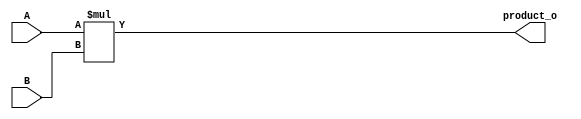
`timescale 1ns / 1ps
//////////////////////////////////////////////////////////////////////////////////
// Company: 
// Engineer: 
// 
// Design Name: 
// Module Name: part2_multiplier
// Project Name: 
// Target Devices: 
// Tool Versions: 
// Description: 
// 
// Dependencies: 
// 
// Revision:
// Revision 0.01 - File Created
// Additional Comments:
// 
//////////////////////////////////////////////////////////////////////////////////


module part2_multiplier(
input [3:0] A,
input [3:0] B,
output [7:0] product_o
    );
    assign product_o = A*B;
endmodule